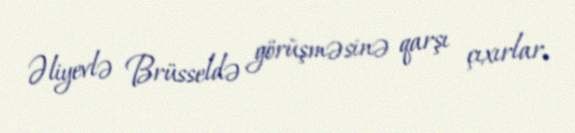
Əliyevlə Brüsseldə görüşməsinə qarşı çıxırlar.